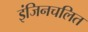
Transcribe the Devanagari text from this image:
इंजिनचलित